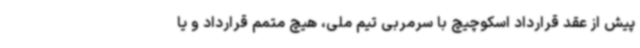
پیش از عقد قرارداد اسکوچیچ با سرمربی تیم ملی، هیچ متمم قرارداد و یا